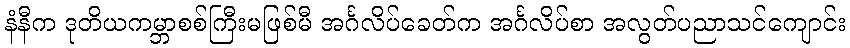
နံနီက ဒုတိယကမ္ဘာစစ်ကြီးမဖြစ်မီ အင်္ဂလိပ်ခေတ်က အင်္ဂလိပ်စာ အလွတ်ပညာသင်ကျောင်း